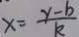
x = \frac { y - b } { k }